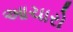
આચારો